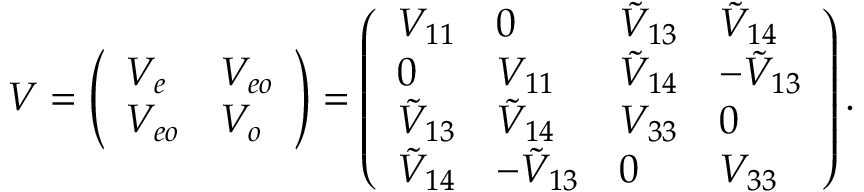
V = \left( \begin{array} { l l } { V _ { e } } & { V _ { e o } } \\ { V _ { e o } } & { V _ { o } } \end{array} \right) = \left( \begin{array} { l l l l } { V _ { 1 1 } } & { 0 } & { \tilde { V } _ { 1 3 } } & { \tilde { V } _ { 1 4 } } \\ { 0 } & { V _ { 1 1 } } & { \tilde { V } _ { 1 4 } } & { - \tilde { V } _ { 1 3 } } \\ { \tilde { V } _ { 1 3 } } & { \tilde { V } _ { 1 4 } } & { V _ { 3 3 } } & { 0 } \\ { \tilde { V } _ { 1 4 } } & { - \tilde { V } _ { 1 3 } } & { 0 } & { V _ { 3 3 } } \end{array} \right) .